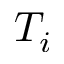
T _ { i }